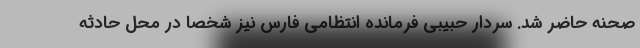
صحنه حاضر شد. سردار حبیبی فرمانده انتظامی فارس نیز شخصاً در محل حادثه